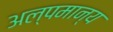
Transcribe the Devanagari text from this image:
अल्पमान्य